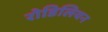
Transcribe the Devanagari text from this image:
रोडिलियन